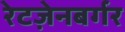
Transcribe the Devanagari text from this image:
रेटज़ेनबर्गर